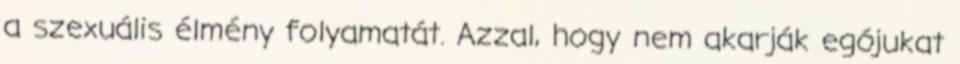
a szexuális élmény folyamatát. Azzal, hogy nem akarják egójukat